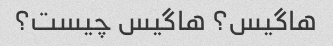
هاگیس؟ هاگیس چیست؟